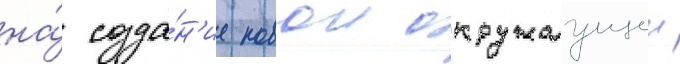
на́ созда́н'ие новои окружаущеи